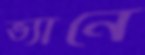
ভ্যানে